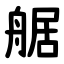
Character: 艍